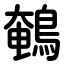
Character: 鵪